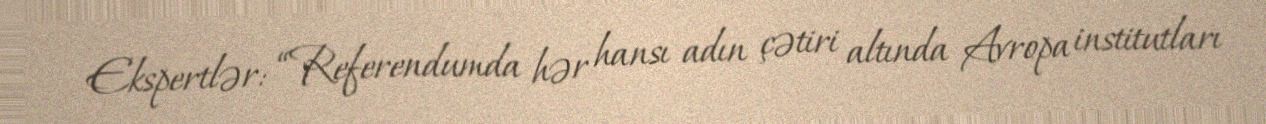
Ekspertlər: “Referendumda hər hansı adın çətiri altında Avropa institutları